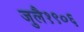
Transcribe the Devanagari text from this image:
जुलै१९०६